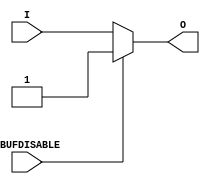
///////////////////////////////////////////////////////////////////////////////
// Copyright (c) 1995/2004 Xilinx, Inc.
// All Right Reserved.
///////////////////////////////////////////////////////////////////////////////
//   ____  ____
//  /   /\/   /
// /___/  \  /    Vendor : Xilinx
// \   \   \/     Version : 10.1
//  \   \         Description : Xilinx Functional Simulation Library Component
//  /   /                  Input Buffer
// /___/   /\     Filename : IBUF_IBUFDISABLE.v
// \   \  /  \    Timestamp : Wed Dec  8 17:04:24 PST 2010
//  \___\/\___\
//
// Revision:
//    12/08/10 - Initial version.
// End Revision

`timescale  1 ps / 1 ps


module IBUF_IBUFDISABLE (O, I, IBUFDISABLE);

    parameter CAPACITANCE = "DONT_CARE";
    parameter IBUF_DELAY_VALUE = "0";
    parameter IBUF_LOW_PWR = "TRUE";
    parameter IFD_DELAY_VALUE = "AUTO";
    parameter IOSTANDARD = "DEFAULT";
    
    output O;

    input  I;
    input  IBUFDISABLE;

    initial begin
	
        case (CAPACITANCE)

            "LOW", "NORMAL", "DONT_CARE" : ;
            default : begin
                          $display("Attribute Syntax Error : The attribute CAPACITANCE on IBUF_IBUFDISABLE instance %m is set to %s.  Legal values for this attribute are DONT_CARE, LOW or NORMAL.", CAPACITANCE);
                          $finish;
                      end

        endcase


	case (IBUF_DELAY_VALUE)

            "0", "1", "2", "3", "4", "5", "6", "7", "8", "9", "10", "11", "12", "13", "14", "15", "16" : ;
            default : begin
                          $display("Attribute Syntax Error : The attribute IBUF_DELAY_VALUE on IBUF_IBUFDISABLE instance %m is set to %s.  Legal values for this attribute are 0, 1, 2, ... or 16.", IBUF_DELAY_VALUE);
                          $finish;
                      end

        endcase

        case (IBUF_LOW_PWR)

            "FALSE", "TRUE" : ;
            default : begin
                          $display("Attribute Syntax Error : The attribute IBUF_LOW_PWR on IBUF_IBUFDISABLE instance %m is set to %s.  Legal values for this attribute are TRUE or FALSE.", IBUF_LOW_PWR);
                          $finish;
                      end

        endcase


	case (IFD_DELAY_VALUE)

            "AUTO", "0", "1", "2", "3", "4", "5", "6", "7", "8" : ;
            default : begin
                          $display("Attribute Syntax Error : The attribute IFD_DELAY_VALUE on IBUF_IBUFDISABLE instance %m is set to %s.  Legal values for this attribute are AUTO, 0, 1, 2, ... or 8.", IFD_DELAY_VALUE);
                          $finish;
                      end

	endcase
	
    end

   assign O = (IBUFDISABLE == 0) ? I: 1'b1;
endmodule